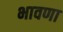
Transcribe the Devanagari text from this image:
भावणा